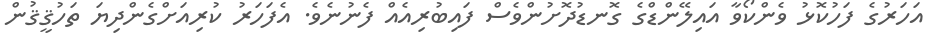
އަހަރުގެ ފަހުކޮޅު ވެންކޯވާ އައިލޭންޑްގެ ގޮނޑުދޮށުންވެސް ފައިބުރިއެއް ފެނުނެވެ. އެފަހަރު ކުރިއަށްގެންދިޔަ ތަހުޤީޤުން